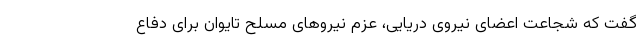
گفت که شجاعت اعضای نیروی دریایی، عزم نیروهای مسلح تایوان برای دفاع